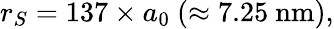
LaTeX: r_{S}=137\times a_{0}~(\approx\mathrm{7.25~nm}),